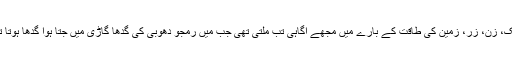
نمک، زن، زر، زمین کی طاقت کے بارے میں مجھے آگاہی تب ملتی تھی جب میں رمجو دھوبی کی گدھا گاڑی میں جتا ہوا گدھا ہوتا تھا۔